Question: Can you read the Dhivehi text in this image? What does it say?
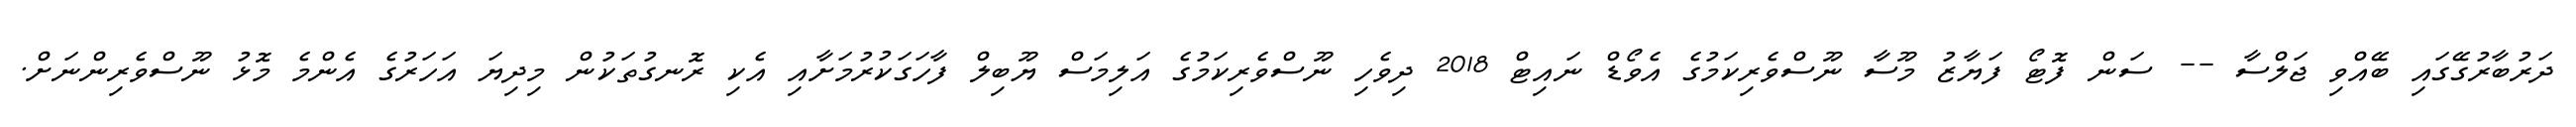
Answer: ދަރުބާރުގޭގައި ބޭއްވި ޖަލްސާ -- ސަން ފޮޓޯ ފަޔާޒު މޫސާ ނޫސްވެރިކަމުގެ އެވޯޑް ނައިޓް 2018 ދިވެހި ނޫސްވެރިކަމުގެ އަލިމަސް ޔޫބިލް ފާހަގަކުރުމަށާއި އެކި ރޮނގުތަކުން މިދިޔަ އަހަރުގެ އެންމެ މޮޅު ނޫސްވެރިންނަށް.